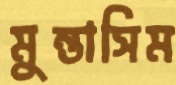
মুন্তাসিম